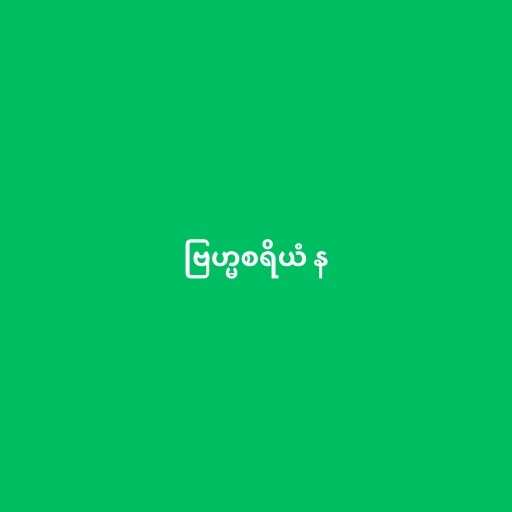
ဗြဟ္မစရိယံ န